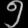
Digit: ၅